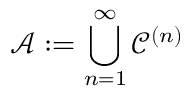
{ \mathcal { A } } : = \bigcup _ { n = 1 } ^ { \infty } { \mathcal { C } } ^ { ( n ) }